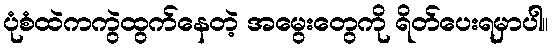
ပုံစံထဲကကွဲထွက်နေတဲ့ အမွေးတွေကို ရိတ်ပေးရမှာပါ။